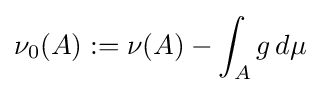
\nu _{0}(A):=\nu (A)-\int _{A}g\,d\mu